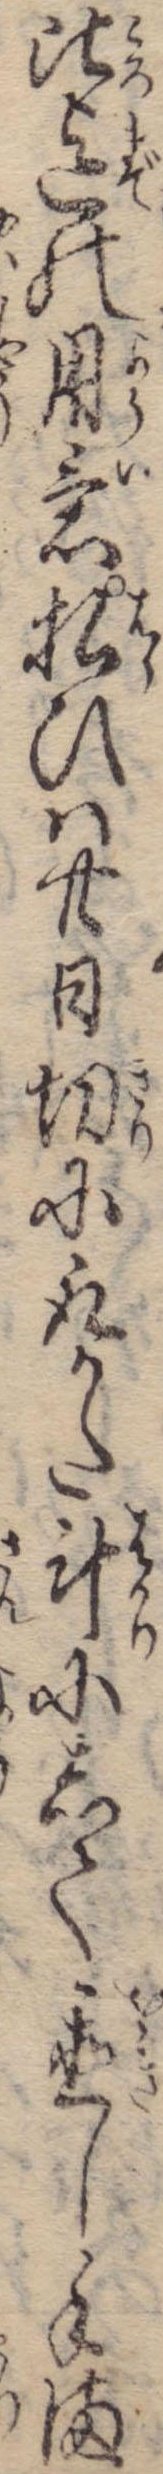
比迄の用意払ひは廿日切に取かた斗にして置し手ま